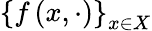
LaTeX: \left\{ f\left(x,\cdot\right)\right\} _{x\in X}